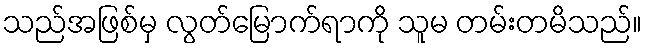
သည်အဖြစ်မှ လွတ်မြောက်ရာကို သူမ တမ်းတမိသည်။